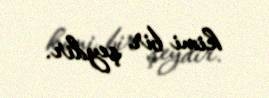
kimi bir şeydir.